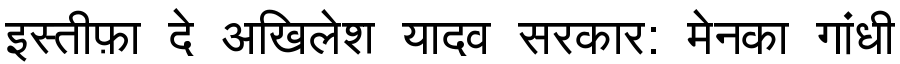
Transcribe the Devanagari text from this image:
इस्तीफ़ा दे अखिलेश यादव सरकार: मेनका गांधी